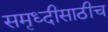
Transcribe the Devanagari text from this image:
समृध्दीसाठीच